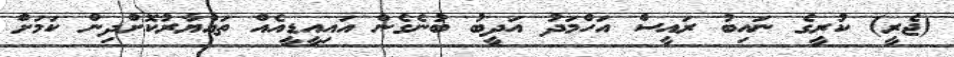
(ޖެރީ) ކުރީގެ ނައިބު ރައީސް އަހްމަދު އަދީބު ބުނެގެން އައިއީޑީއެއް ތައްޔާރުކޮށްދިން ކަމަށް